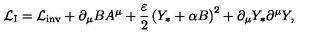
{ \cal L } _ { \mathrm { I } } = { \cal L } _ { \mathrm { i n v } } + \partial _ { \mu } B A ^ { \mu } + { \frac { \varepsilon } { 2 } } \left( Y _ { * } + \alpha B \right) ^ { 2 } + \partial _ { \mu } Y _ { * } \partial ^ { \mu } Y , \,